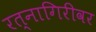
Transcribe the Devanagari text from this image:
रत्नागिरीवर